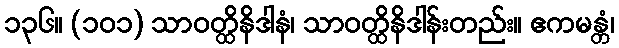
၁၃၆။ (၁၀၁) သာဝတ္ထိနိဒါနံ၊ သာဝတ္ထိနိဒါန်းတည်း။ ဧကမန္တံ၊